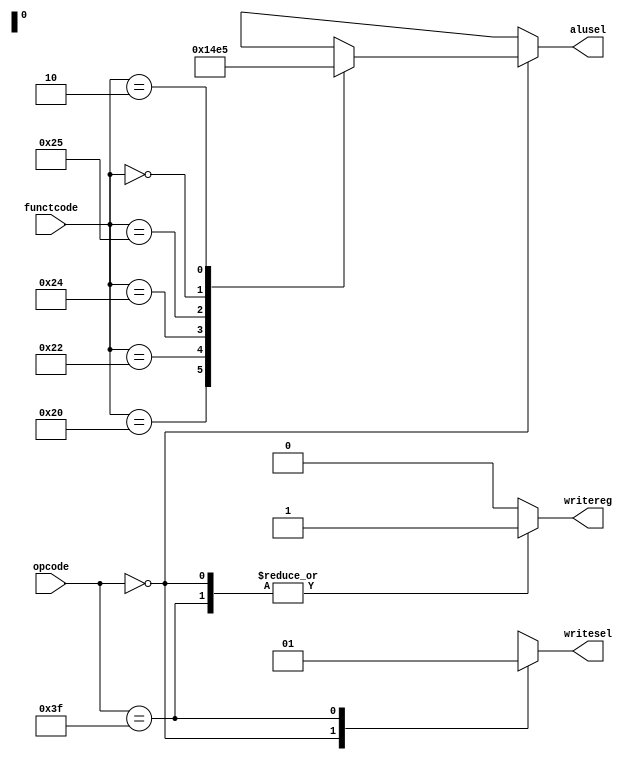
module controlunit(input[5:0] opcode,input[5:0] functcode,
output reg[2:0] alusel,output reg writesel,output reg writereg);

always @ ( * )
begin
	case (opcode)
		6'b000000:
		begin
			writereg <= 1'b1;
			writesel <= 1'b0;
			case (functcode)
			6'b100000: alusel <= 3'b000;// add
			6'b100010: alusel <= 3'b001;// sub
			6'b100100: alusel <= 3'b010;// and
			6'b100101: alusel <= 3'b011;// or
			6'b000000: alusel <= 3'b100;// sll
			6'b000010: alusel <= 3'b101;// srl
			default:   alusel <= 3'bxxx;
            endcase
		end
		6'b111111:
		begin
			writereg <= 1'b1;
			writesel <= 1'b1;
			alusel   <= 3'bxxx;
		end
		default :
		begin
			writereg <= 1'b0;
			writesel <= 1'bx;
			alusel   <= 3'bxxx;
		end
	endcase
end

endmodule